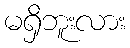
မရှိဘူးလား